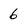
Character: 6